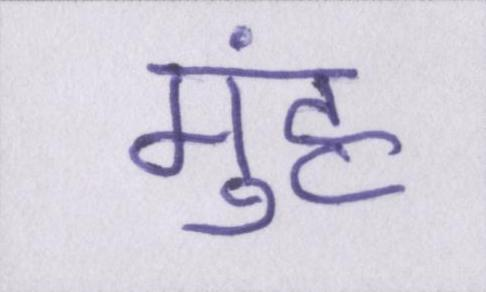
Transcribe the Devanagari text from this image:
मुंह